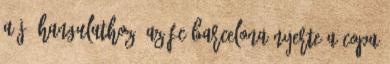
a jó hangulathoz. Az FC Barcelona nyerte a Copa